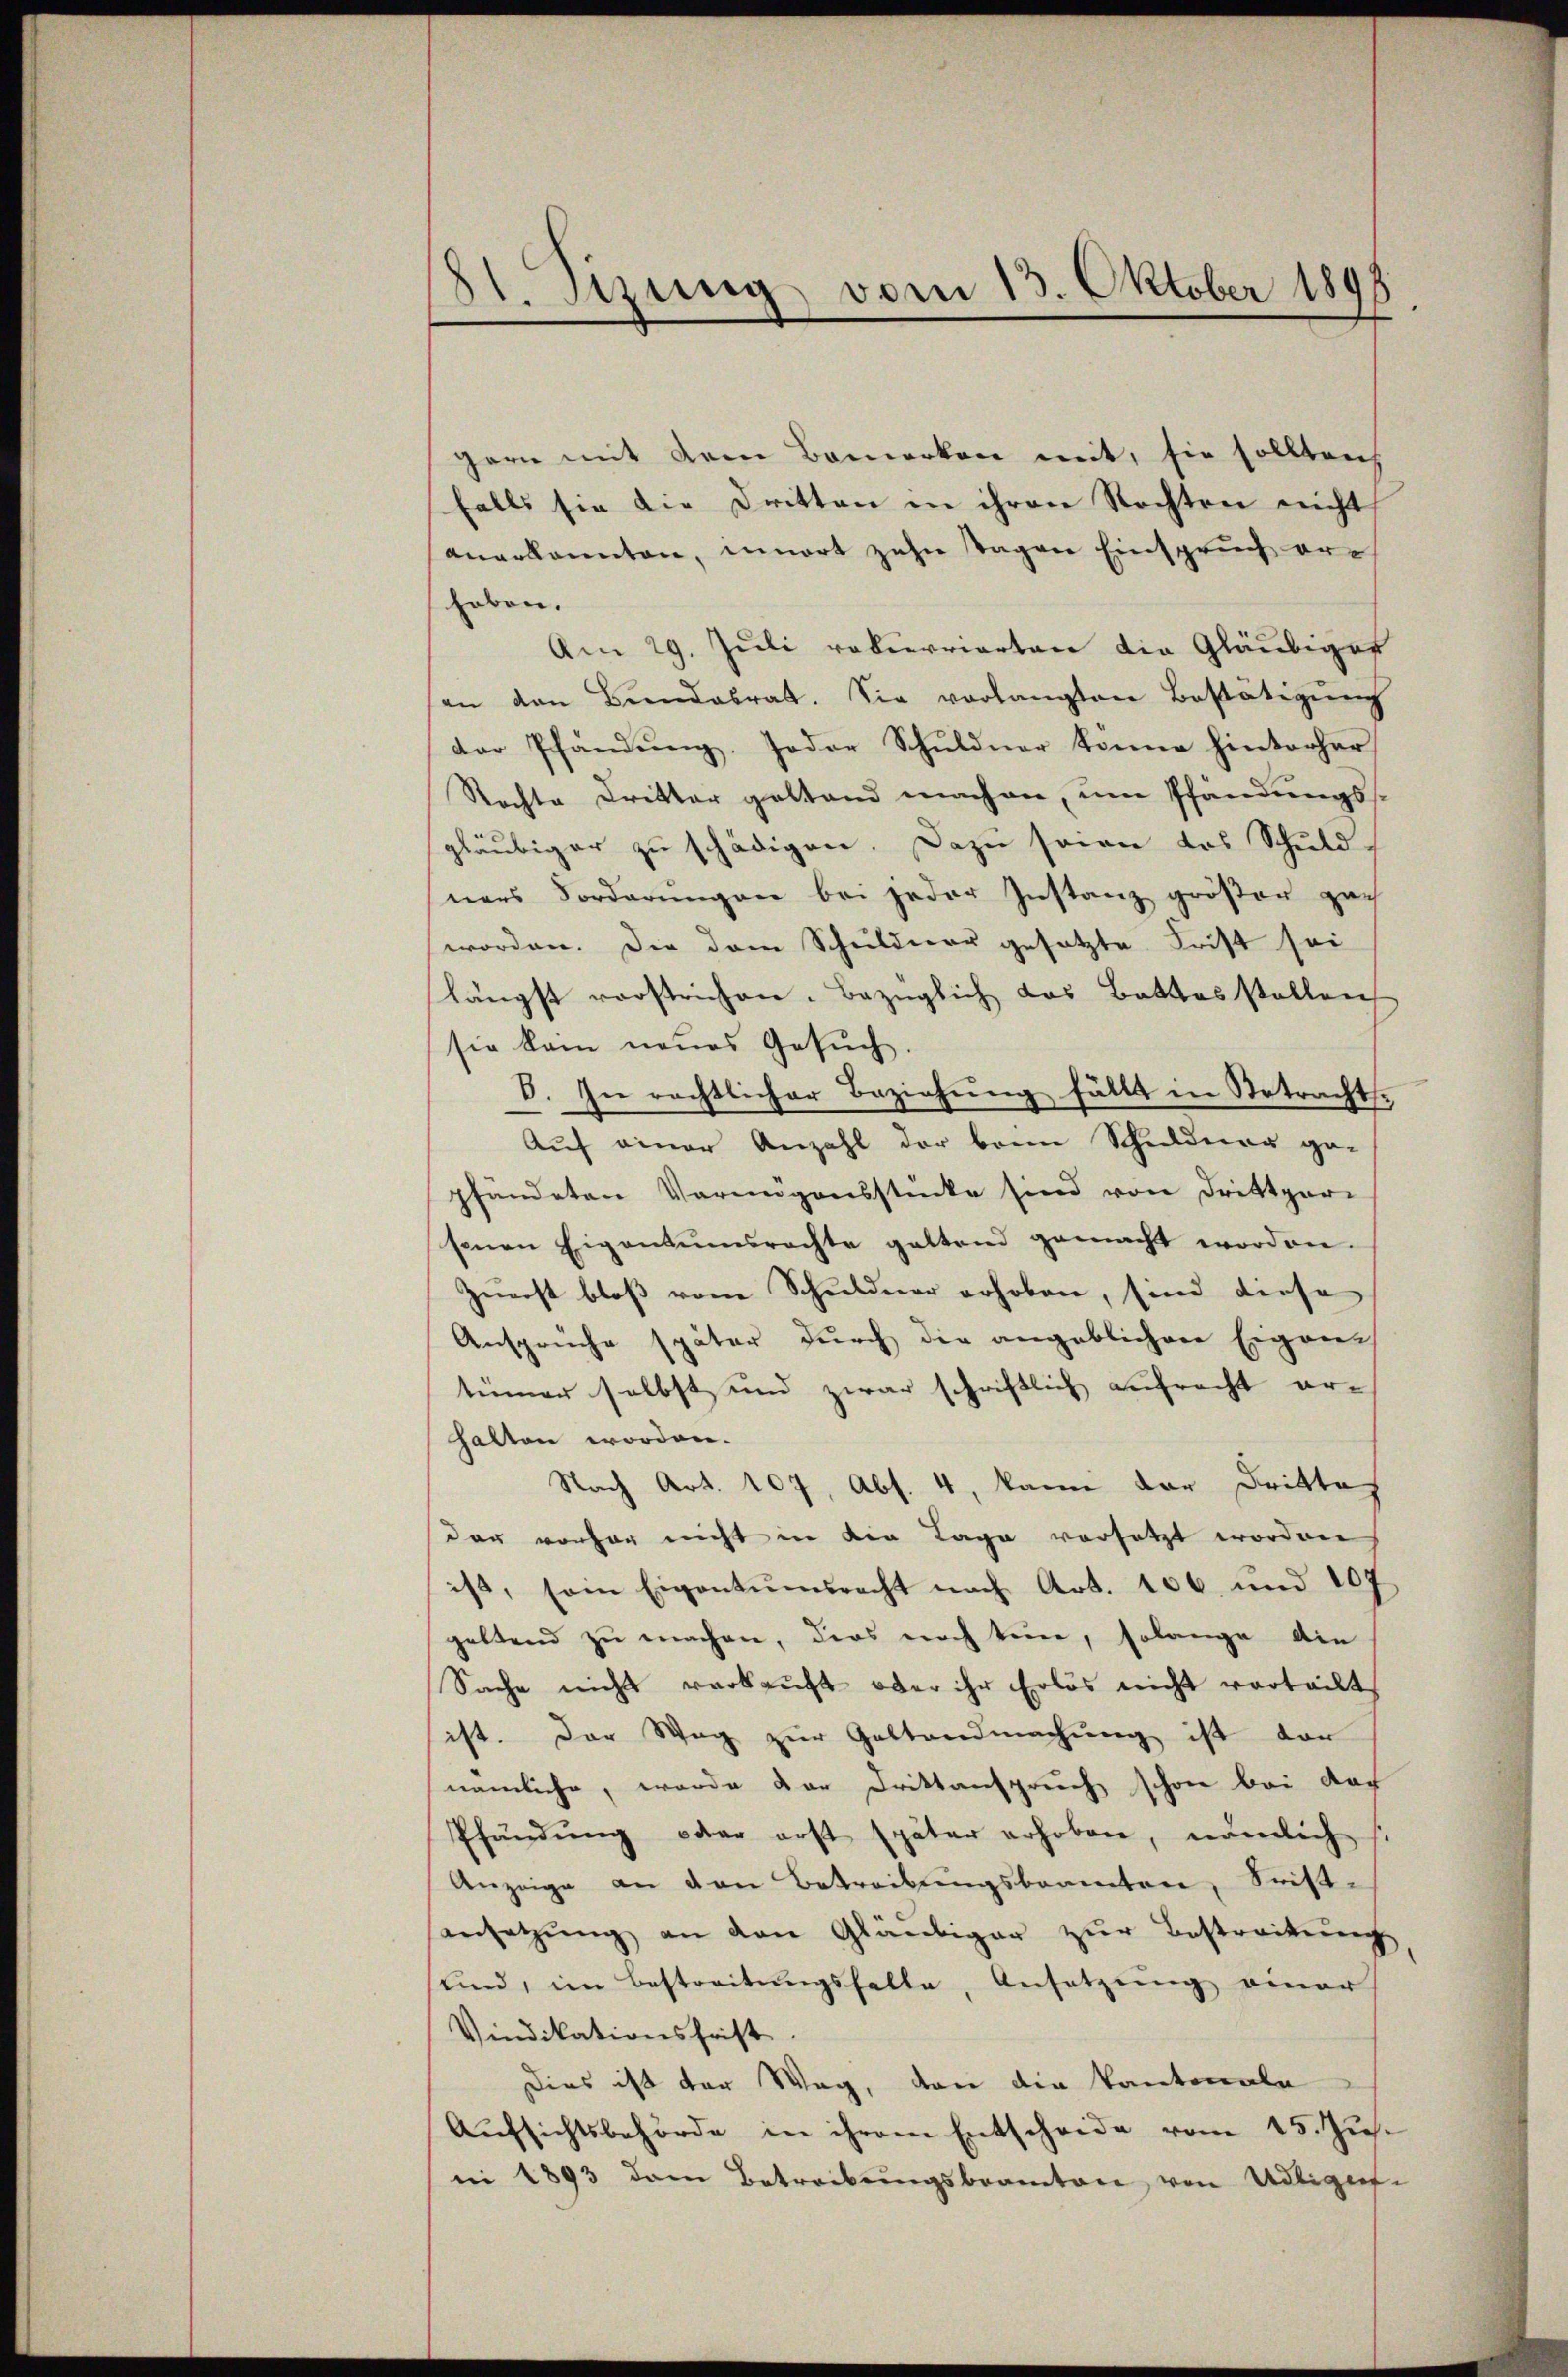
31. Stzung vom 13. Oktober 1893

gern mit dem Bemerken mit, sie solltenh
falls sie die Dritten in ihren Rechten nicht
anerkannten, innert zehn Tagen Einspruch erheben.
Am 29. Juli robierrierten die Gläubiger
an den Brandabrat. Sie vorlangten Bestätigŭng
der Pfändŭng, soder Schuldner könne hinterher
Rechte Dritter gestand machen, um Pfändungssgläubiger zu schädigen. Dazu sein das Schuld-
ners Forderungen bei jeder Instanz größer pach
worden. Die dem Schuldner gesetzte Frist sei
längst vorstrichen. Bezüglich das Battasstellen
sie kam neŭes Gesŭch.
8. In rechtlicher Beziehung fällt in Betrachts¬
Auf einer Anzahl der beim Schuldner ge-
pfändeten Vermögensstücke sind von Drittper
senen Eigentumsrechte geltend gemacht worden.
Zunst bloß vom Schuldner erhoben, sind diese
Ansprüche später durch die angeblichere Eigen-
tümer selbst und zwar schriftlich aufrecht er-
halten worden.
Nach Art. 107, Abs. 4, kann der Drittag
der vorher nicht in die Lage vorsetzt worden
ist, sein Eigentumsrecht nach Art. 106 und 107
geltend zŭ machen, dies noch keine, solange die
Sache nicht verkauft ober ihr Erlös nicht vorteilt
ist. Der Weg zur Gestandmachung ist dar
nämliche, werde der Drittanspruch schon bei das
Pfändung oder erst später erhoben, nämlich s
Anzeige an den Betreibungsbeamten, Frist-
ansetzŭng an den Gläubiger zŭr Bestreitŭng
sund, im Bestreitŭngsfalle, Ansetzŭng einer
Vindikationsfrist
Dies ist der Weg, den die Kantonale
Aŭfsichtsbehörde in ihrem Entscheide vom 15. Jŭs.
ni 1893 dem Betreibŭngsbeamten von Adligens-